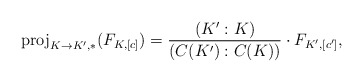
\begin{align*}{\rm proj}_{K\to K',*}(F_{K,[c]})=\frac{(K':K)}{(C(K'):C(K))}\cdot F_{K',[c']},\end{align*}